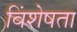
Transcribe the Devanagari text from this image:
विंशेषता